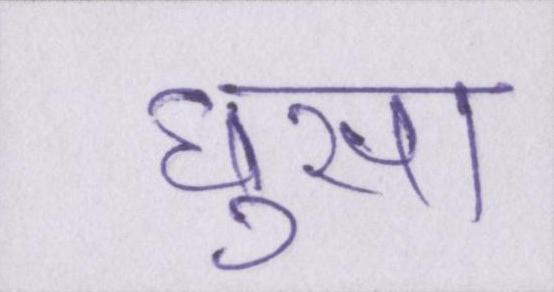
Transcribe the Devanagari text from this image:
घुसा